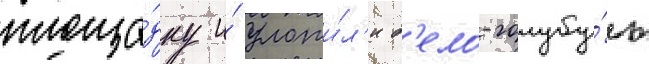
площа́дку и́ уложи́л'и б'ело-голубу́ю